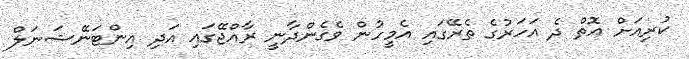
ކުރިއަށް އޮތް ދެ އަހަރުގެ ތެރޭގައި އެމީހުން ވެގެންދާނީ ރާއްޖޭގައި އަދި އިންޓަނޭޝަނަލް